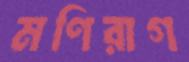
মণিরাগ